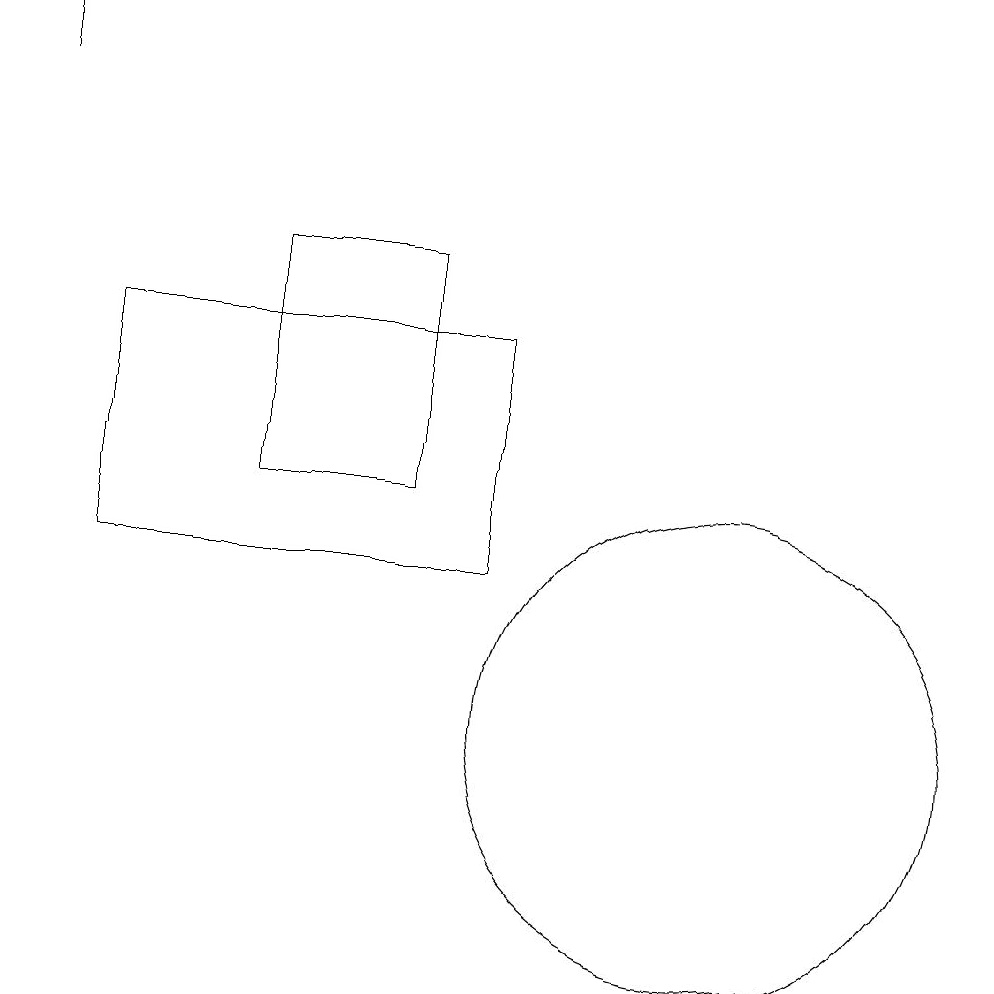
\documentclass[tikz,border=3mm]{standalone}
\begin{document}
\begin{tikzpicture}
\draw (2,12) rectangle (7,15);
\draw (1,19) rectangle (1,18);
\draw (6,16) rectangle (4,13);
\draw (10,10) circle (3);
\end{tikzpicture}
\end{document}